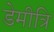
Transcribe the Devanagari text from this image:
डेमीत्रि